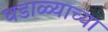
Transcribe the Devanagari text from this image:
घडाळ्याच्या